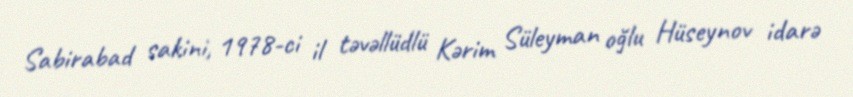
Sabirabad sakini, 1978-ci il təvəllüdlü Kərim Süleyman oğlu Hüseynov idarə